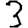
Digit: 3